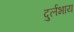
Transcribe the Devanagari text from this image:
दुर्लभाय